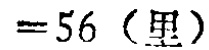
$=56 \text{（里）}$